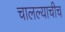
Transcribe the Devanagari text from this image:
चालल्याचीच